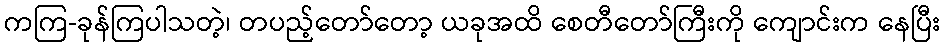
ကကြ-ခုန်ကြပါသတဲ့၊ တပည့်တော်တော့ ယခုအထိ စေတီတော်ကြီးကို ကျောင်းက နေပြီး